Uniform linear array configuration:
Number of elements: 48
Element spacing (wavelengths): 0.25
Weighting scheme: hamming
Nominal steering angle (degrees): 30
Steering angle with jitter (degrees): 28.892
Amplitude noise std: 0.05
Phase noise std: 0.05

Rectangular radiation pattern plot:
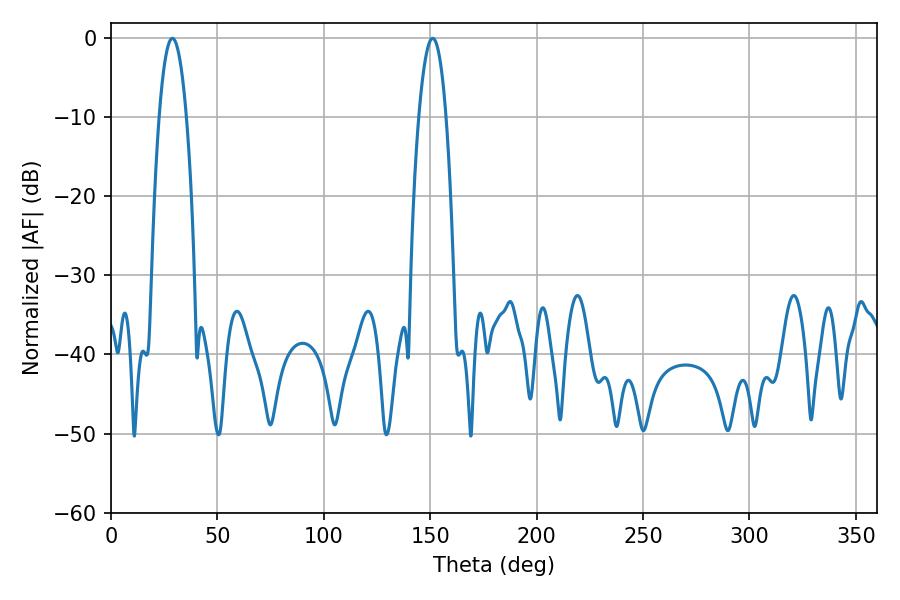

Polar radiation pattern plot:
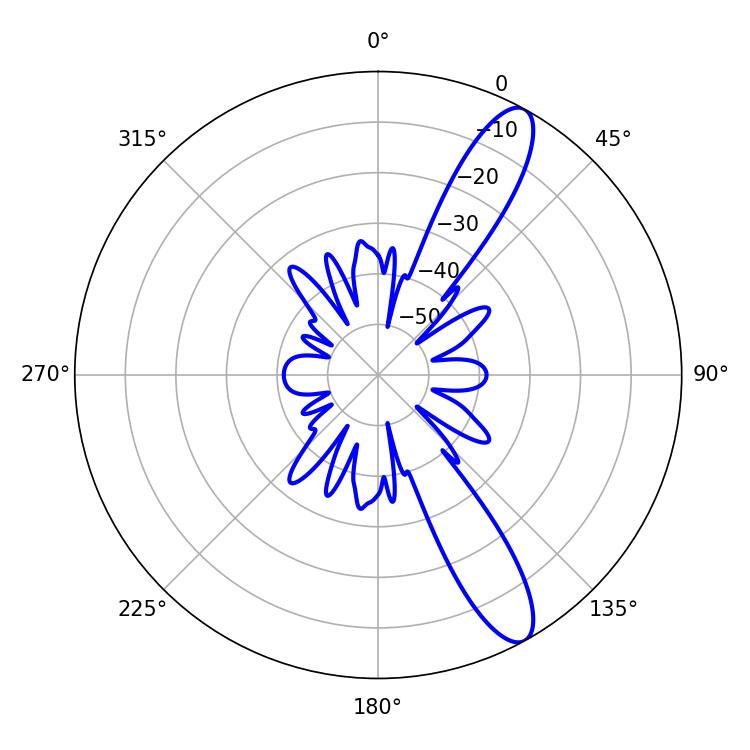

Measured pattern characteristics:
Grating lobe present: FALSE
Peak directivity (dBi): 11.925
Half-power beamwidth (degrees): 7.02
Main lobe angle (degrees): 28.8